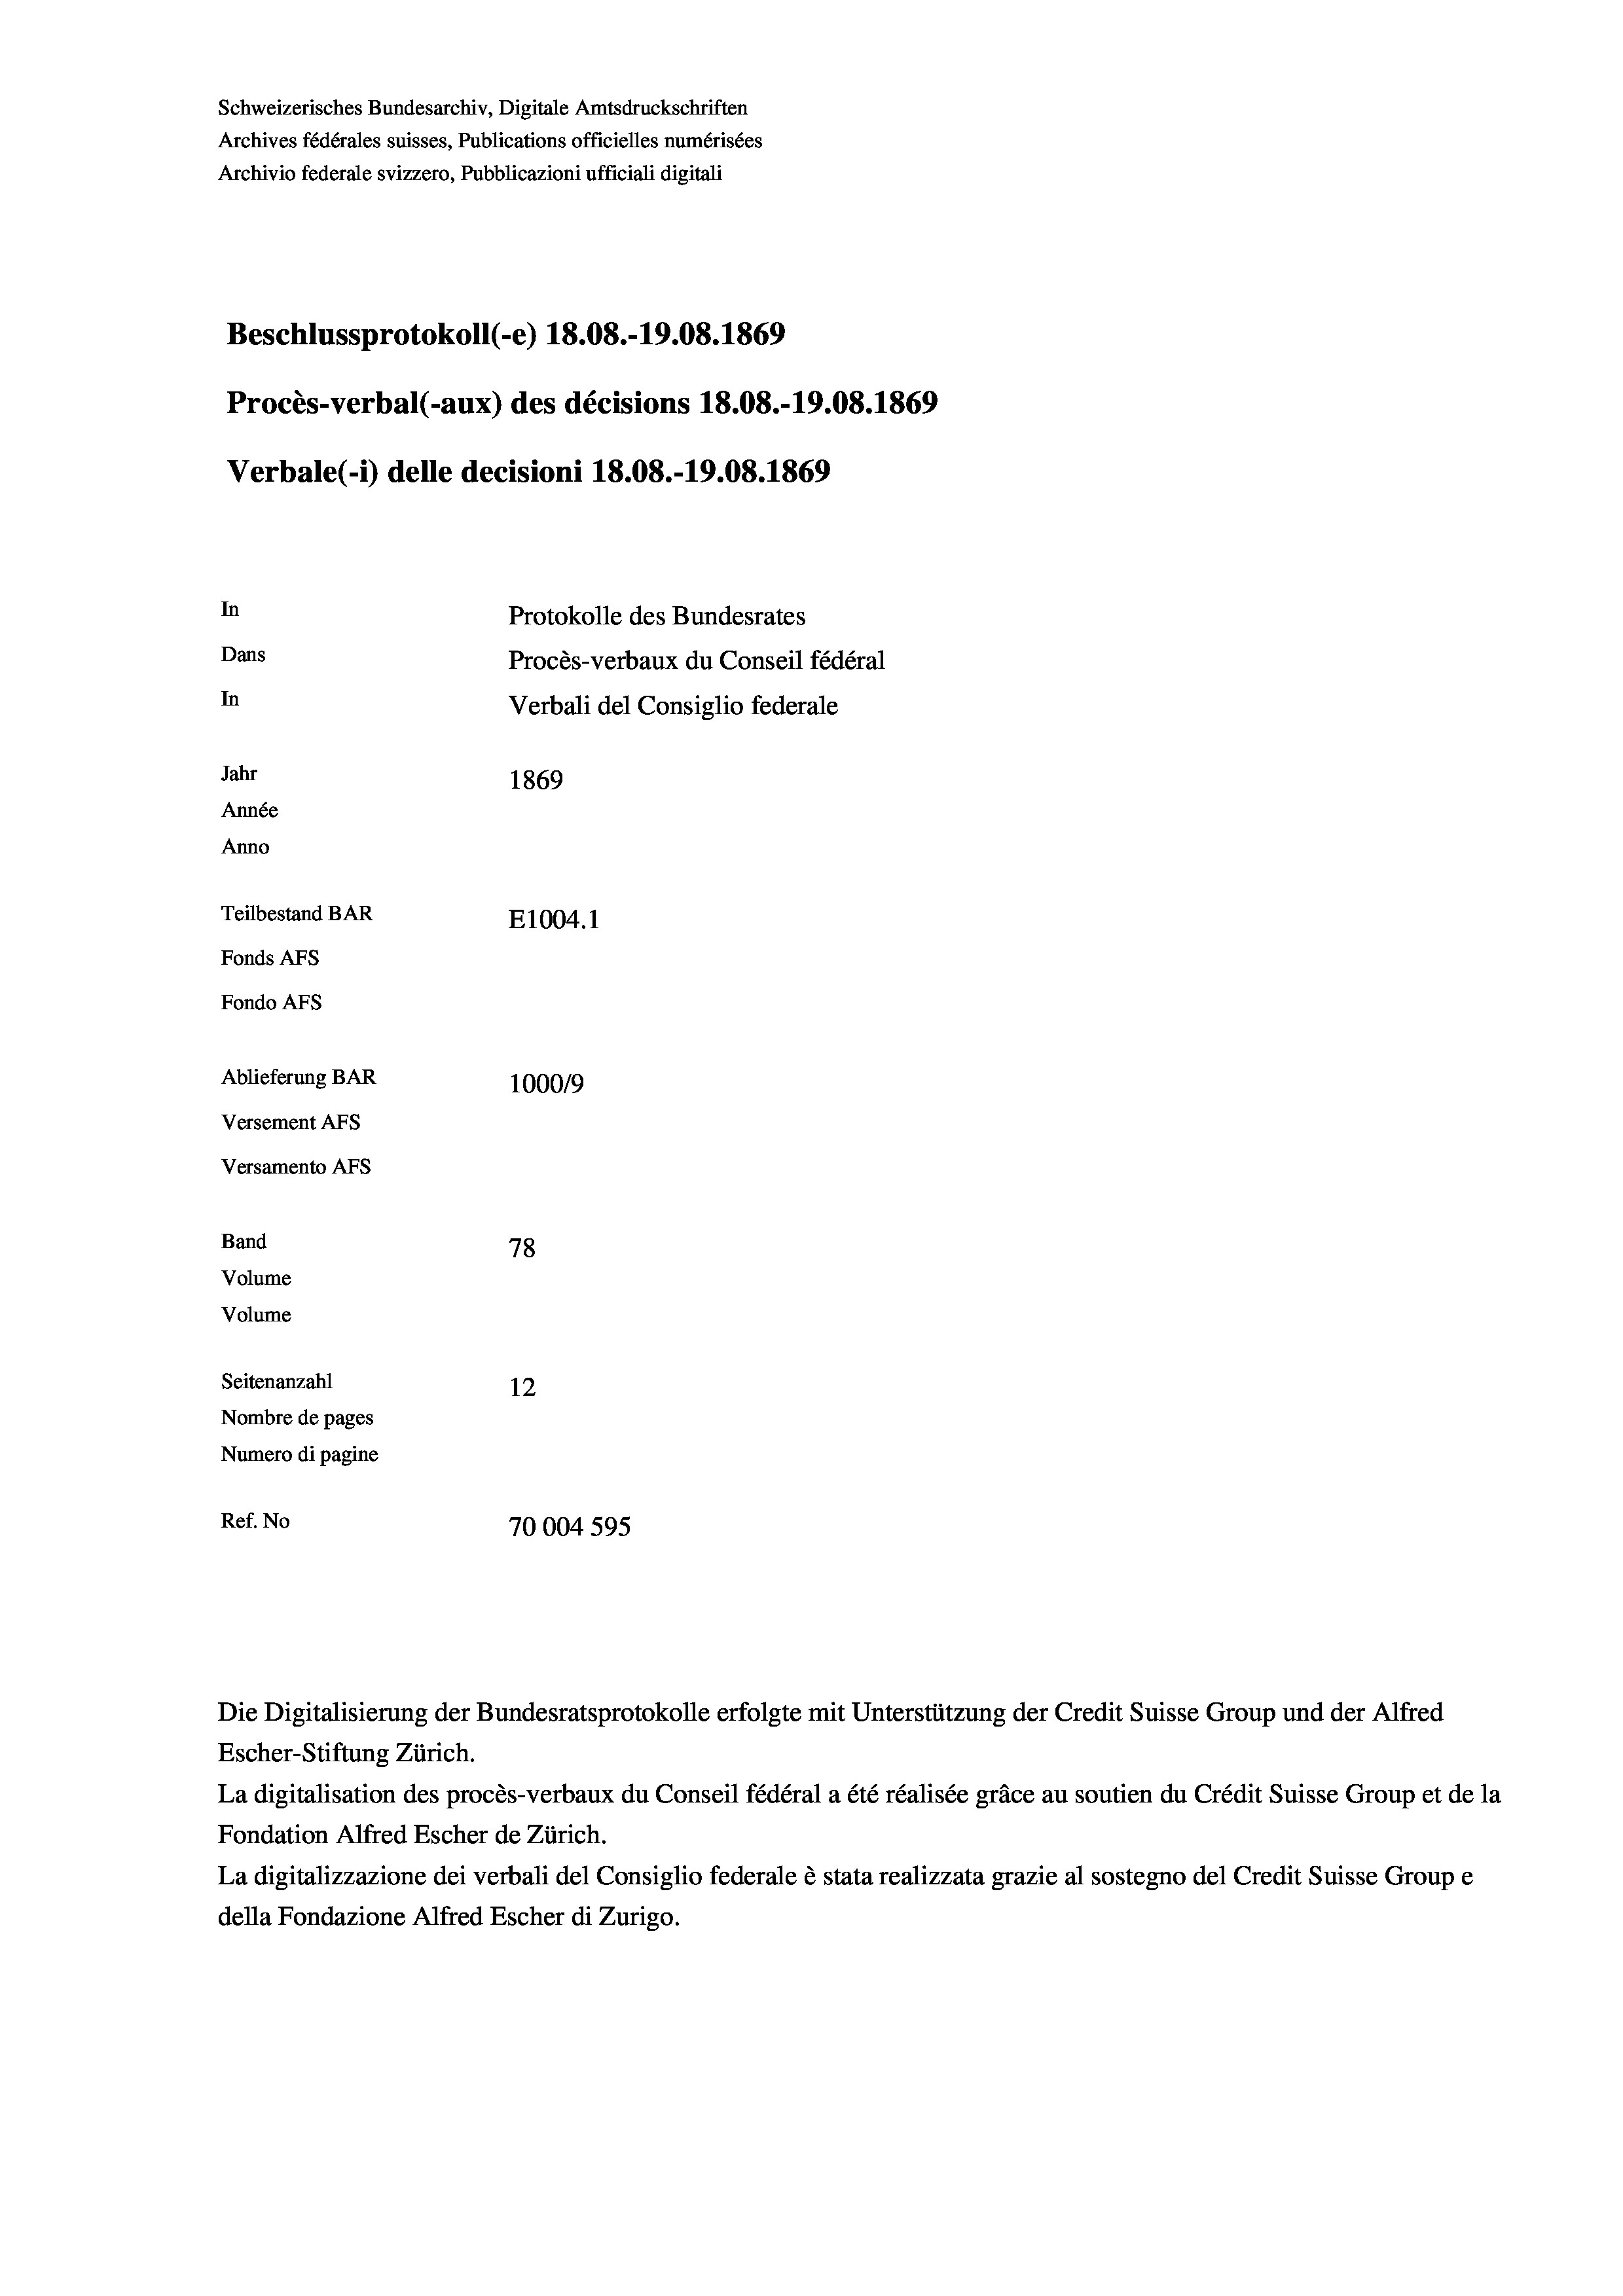
Schweizerisches Bundesarchiv, Digitale Amtsdruckschriften
Archives fédérales suisses, Publications officielles numérisées
Archivio federale svizzero, Pubblicazioni ufficiali digitali
Beschlussprotokoll (-e) 18.08.-19.08. 1869
Procès-verbal (-aux) des décisions 18.08.-19.08. 1869
Verbale (- 1) delle decisioni 18.08.-19.08. 1869
In
Protokolle des Bundesrates
Dans
Procès-verbaux du Conseil fédéral
In
Verbali del Consiglio federale
Jahr
1869
Année
Anno
Teilbestand BAR
E1004.1
Fonds AFs
Fondo Afs
Ablieferung BAR
100019
Versement AFs
Versamento AFs
Band
78
Volume
Volume
Seitenanzahl
12
Nombre de pages
Numero di pagine
Ref. No
70004 595

Die Digitalisierung der Bundesratsprotokolle erfolgte mit Unterstützung der Credit Suisse Group und der Alfred
Escher-Stiftung Zürich.
La digitalisation des procès-verbaux du Conseil fédéral a été réalisée gräce au soutien du Crédit Suisse Group et de la
Fondation Alfred Escher de Zürich.
La digitalizzazione dei verbali del Consiglio federale è stata realizzata grazie al sostegno del Credit Suisse Groupe
della Fondazione Alfred Escher di Zurigo.